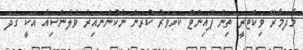
މާދަމާރޭ ވިކްޓަރީ ތިން ޕޮއިންޓް ކަށަވަރު ކުރަން ނުކުންނައިރު ވެލެންސިއާ އަކީ ގަދަ